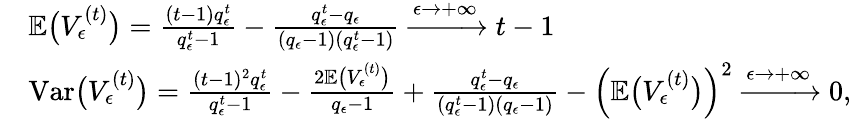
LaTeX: \begin{array}{rl}&{\mathbb{E}\big(V_{\epsilon}^{(t)}\big)=\frac{(t-1)q_{\epsilon}^{t}}{q_{\epsilon}^{t}-1}-\frac{q_{\epsilon}^{t}-q_{\epsilon}}{(q_{\epsilon}-1)(q_{\epsilon}^{t}-1)}\xrightarrow{\epsilon\rightarrow+\infty}t-1}\\ &{\mathrm{Var}\big(V_{\epsilon}^{(t)}\big)=\frac{(t-1)^{2}q_{\epsilon}^{t}}{q_{\epsilon}^{t}-1}-\frac{2\mathbb{E}\big(V_{\epsilon}^{(t)}\big)}{q_{\epsilon}-1}+\frac{q_{\epsilon}^{t}-q_{\epsilon}}{(q_{\epsilon}^{t}-1)(q_{\epsilon}-1)}-\Big(\mathbb{E}\big(V_{\epsilon}^{(t)}\big)\Big)^{2}\xrightarrow{\epsilon\rightarrow+\infty}0,}\end{array}